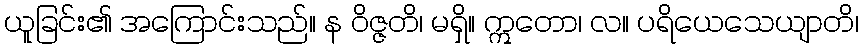
ယူခြင်း၏ အကြောင်းသည်။ န ဝိဇ္ဇတိ၊ မရှိ။ ဣတော၊ လ။ ပရိယေသေယျာတိ၊